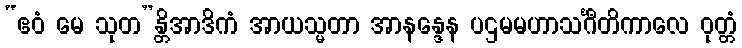
“ဧဝံ မေ သုတ”န္တိအာဒိကံ အာယသ္မတာ အာနန္ဒေန ပဌမမဟာသင်္ဂီတိကာလေ ဝုတ္တံ